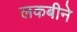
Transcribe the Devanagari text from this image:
लकबीने